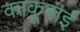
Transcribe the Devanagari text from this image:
काकूबाई